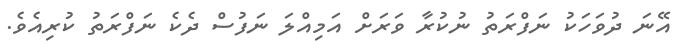
އޭނަ ދުވަހަކު ނަފްރަތު ނުކުރާ ވަރަށް އަމިއްލަ ނަފުސް ދެކެ ނަފްރަތު ކުރިއެވެ.